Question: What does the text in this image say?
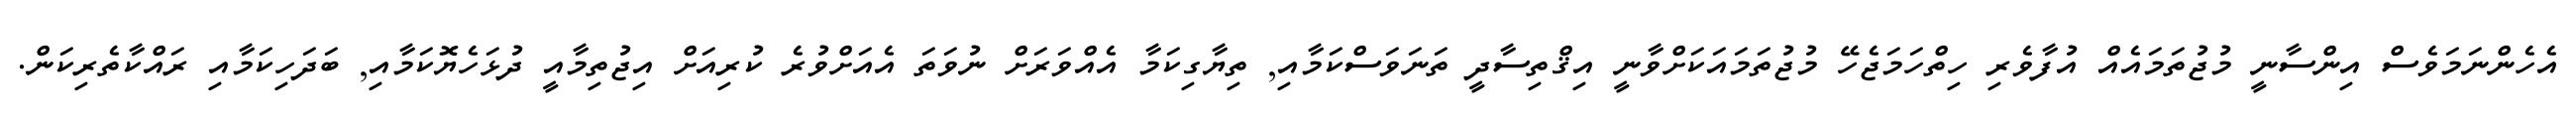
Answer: އެހެންނަމަވެސް އިންސާނީ މުޖުތަމައެއް އުފާވެރި ހިތްހަމަޖެހޭ މުޖުތަމައަކަށްވާނީ އިޤްތިސާދީ ތަނަވަސްކަމާއި, ތިޔާގިކަމާ އެއްވަރަށް ނުވަތަ އެއަށްވުރެ ކުރިއަށް އިޖުތިމާއީ ދުޅަހެޔޮކަމާއި, ބަދަހިކަމާއި ރައްކާތެރިކަން.